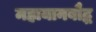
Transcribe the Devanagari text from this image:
महायानबौद्ध